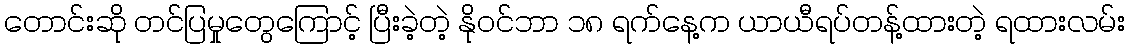
တောင်းဆို တင်ပြမှုတွေကြောင့် ပြီးခဲ့တဲ့ နိုဝင်ဘာ ၁၈ ရက်နေ့က ယာယီရပ်တန့်ထားတဲ့ ရထားလမ်း